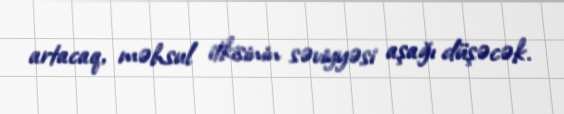
artacaq, məhsul itkisinin səviyyəsi aşağı düşəcək.